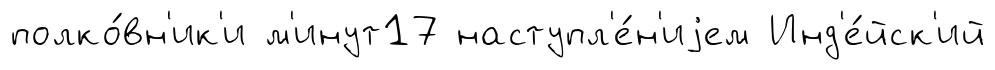
полко́вн'ик'и м'инут17 наступл'е́н'иjем Инд'е́йск'ий